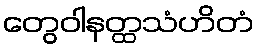
တွေဝါနတ္ထသံဟိတံ